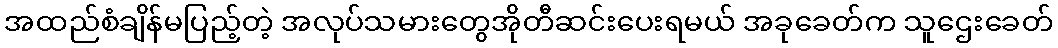
အထည်စံချိန်မပြည့်တဲ့ အလုပ်သမားတွေအိုတီဆင်းပေးရမယ် အခုခေတ်က သူဌေးခေတ်